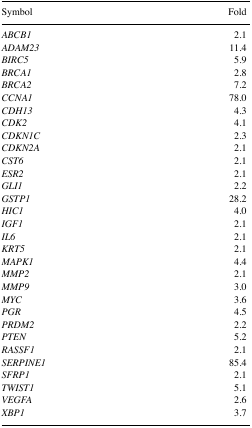
| Symbol | Fold |
 | --- | --- |
 | ABCB1 | 2.1 |
 | ADAM23 | 11.4 |
 | BIRC5 | 5.9 |
 | BRCA1 | 2.8 |
 | BRCA2 | 7.2 |
 | CCNA1 | 78.0 |
 | CDH13 | 4.3 |
 | CDK2 | 4.1 |
 | CDKN1C | 2.3 |
 | CDKN2A | 2.1 |
 | CST6 | 2.1 |
 | ESR2 | 2.1 |
 | GLI1 | 2.2 |
 | GSTP1 | 28.2 |
 | HIC1 | 4.0 |
 | IGF1 | 2.1 |
 | IL6 | 2.1 |
 | KRT5 | 2.1 |
 | MAPK1 | 4.4 |
 | MMP2 | 2.1 |
 | MMP9 | 3.0 |
 | MYC | 3.6 |
 | PGR | 4.5 |
 | PRDM2 | 2.2 |
 | PTEN | 5.2 |
 | RASSF1 | 2.1 |
 | SERPINE1 | 85.4 |
 | SFRP1 | 2.1 |
 | TWIST1 | 5.1 |
 | VEGFA | 2.6 |
 | XBP1 | 3.7 |